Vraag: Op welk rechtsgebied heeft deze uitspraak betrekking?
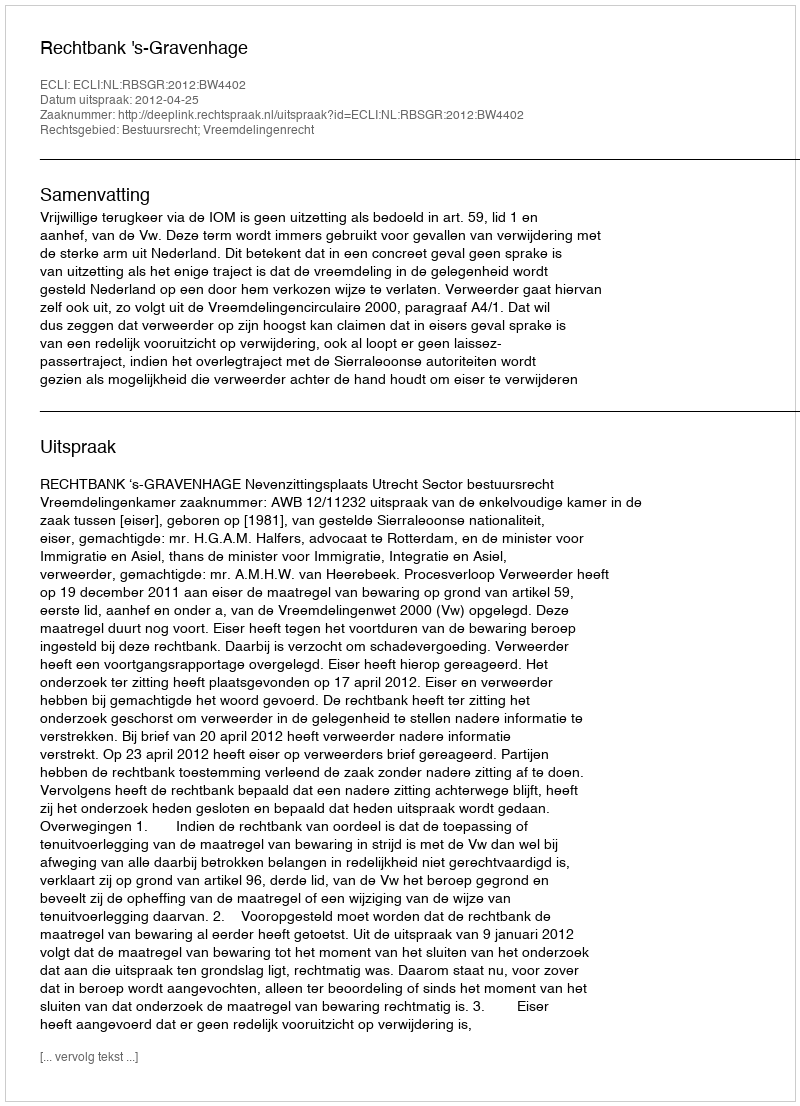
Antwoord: Bestuursrecht; Vreemdelingenrecht